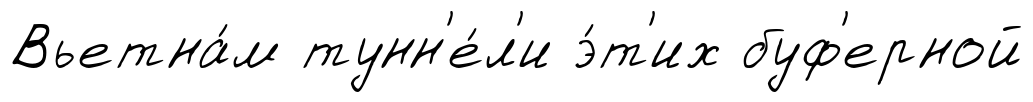
Вьетна́м тунн'е́л'и э́т'их буф'ерной